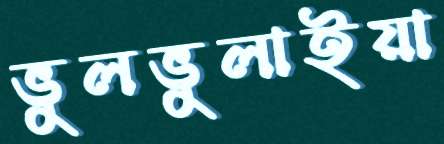
ভুলভুলাইয়া